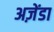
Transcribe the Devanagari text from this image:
अज़ेंडा